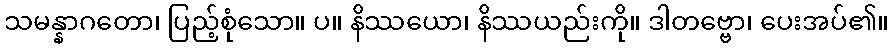
သမန္နာဂတော၊ ပြည့်စုံသော။ ပ။ နိဿယော၊ နိဿယည်းကို။ ဒါတဗ္ဗော၊ ပေးအပ်၏။